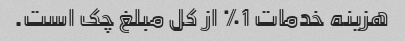
هزینه خدمات 1٪ از کل مبلغ چک است.